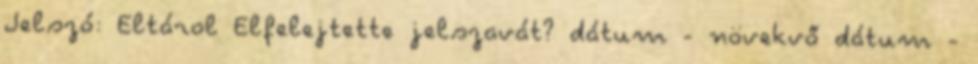
Jelszó: Eltárol Elfelejtette jelszavát? dátum - növekvő dátum -